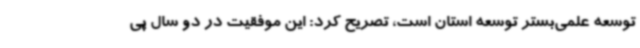
توسعه علمی‌بستر توسعه استان است، تصریح کرد: این موفقیت در دو سال پی